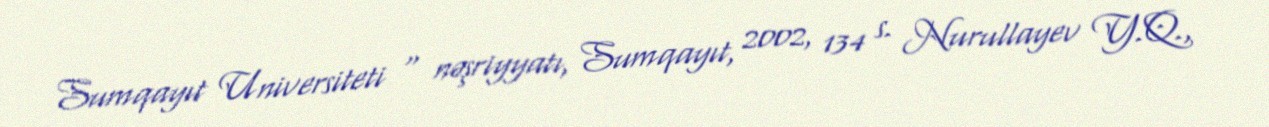
Sumqayıt Universiteti " nəşriyyatı, Sumqayıt, 2002, 134 s. Nurullayev Y.Q.,